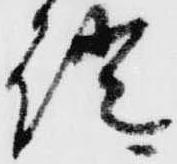
証